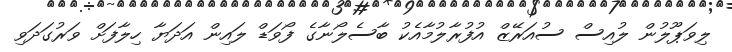
ލިވަޕޫލުން ލުއިސް ސުއަރޭޒް އުފުރާލުމާއެކު ބާސެލޯނާގެ ފޯވަޑް ލައިން އަދަޔާ ހިލާފަށް ވަރުގަަދަވި